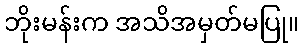
ဘိုးမန်းက အသိအမှတ်မပြု။